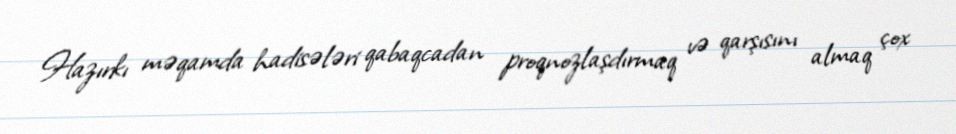
Hazırkı məqamda hadisələri qabaqcadan proqnozlaşdırmaq və qarşısını almaq çox